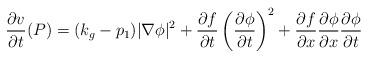
LaTeX: \begin{align*} \frac{\partial v}{\partial t}(P)&=(k_g-p_1)|\nabla \phi|^2+\frac{\partial f}{\partial t}\left(\frac{\partial \phi}{\partial t}\right)^2+\frac{\partial f}{\partial x}\frac{\partial \phi}{\partial x}\frac{\partial \phi}{\partial t}\end{align*}